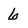
Character: 6